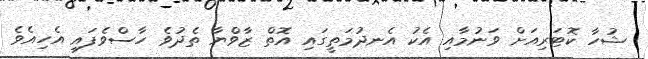
ޝުހާ ކޮޓަރިއަށް ވަނުމާއި އެކު އެނދުމަތީގައި އޮތް ޒާވްޔާ ތެދުވެ ހާސްވެފައި އެހިއެވެ